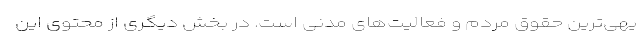
یهی‌ترین حقوق مردم و فعالیت‌های مدنی است. در بخش دیگری از محتوی این